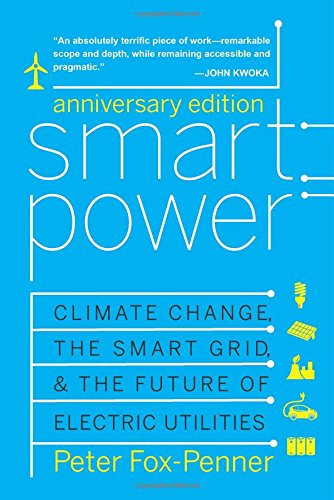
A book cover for Smart Power Anniversary Edition: Climate Change, the Smart Grid, and the Future of Electric Utilities; Peter Fox-Penner; Science & Math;